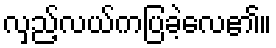
လှည့်လယ်ကပြခဲ့လေ၏။